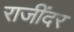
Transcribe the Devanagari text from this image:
राजींदर